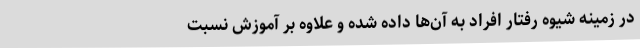
در زمینه شیوه رفتار افراد به آن‌ها داده شده و علاوه بر آموزش نسبت